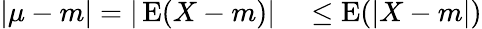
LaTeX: \begin{array}{rl}{|\mu-m|=|\operatorname{E}(X-m)|}&{{}\leq\operatorname{E}(|X-m|)}\end{array}